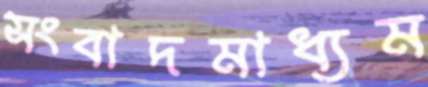
সংবাদমাধ্যম